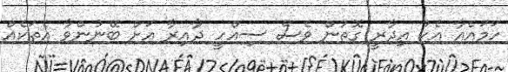
ހަމައެއާ އެކު އިދާރީ ގޮތުން ވެސް ސިއްހީ ދާއިރާ އަށް ބޭނުންވާ އެތަކެއް